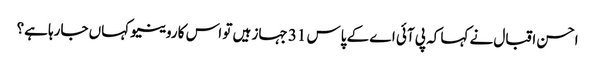
احسن اقبال نے کہا کہ پی آئی اے کے پاس 31 جہاز ہیں تو اس کا روینیو کہاں جارہا ہے؟